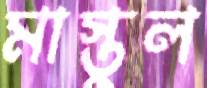
মাস্তুল